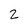
Character: 2